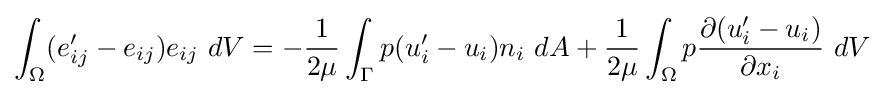
\int _{\Omega }(e_{ij}'-e_{ij})e_{ij}\ dV=-{\frac {1}{2\mu }}\int _{\Gamma }p(u_{i}'-u_{i})n_{i}\ dA+{\frac {1}{2\mu }}\int _{\Omega }p{\frac {\partial (u_{i}'-u_{i})}{\partial x_{i}}}\ dV